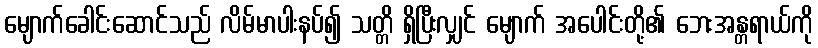
မျောက်ခေါင်းဆောင်သည် လိမ်မာပါးနပ်၍ သတ္တိ ရှိပြီးလျှင် မျောက် အပေါင်းတို့၏ ဘေးအန္တရာယ်ကို